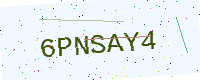
Text: 6PNSAY4